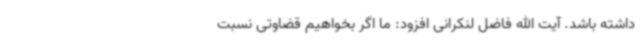
داشته باشد. آیت الله فاضل لنکرانی افزود: ما اگر بخواهیم قضاوتی نسبت